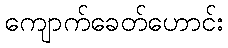
ကျောက်ခေတ်ဟောင်း